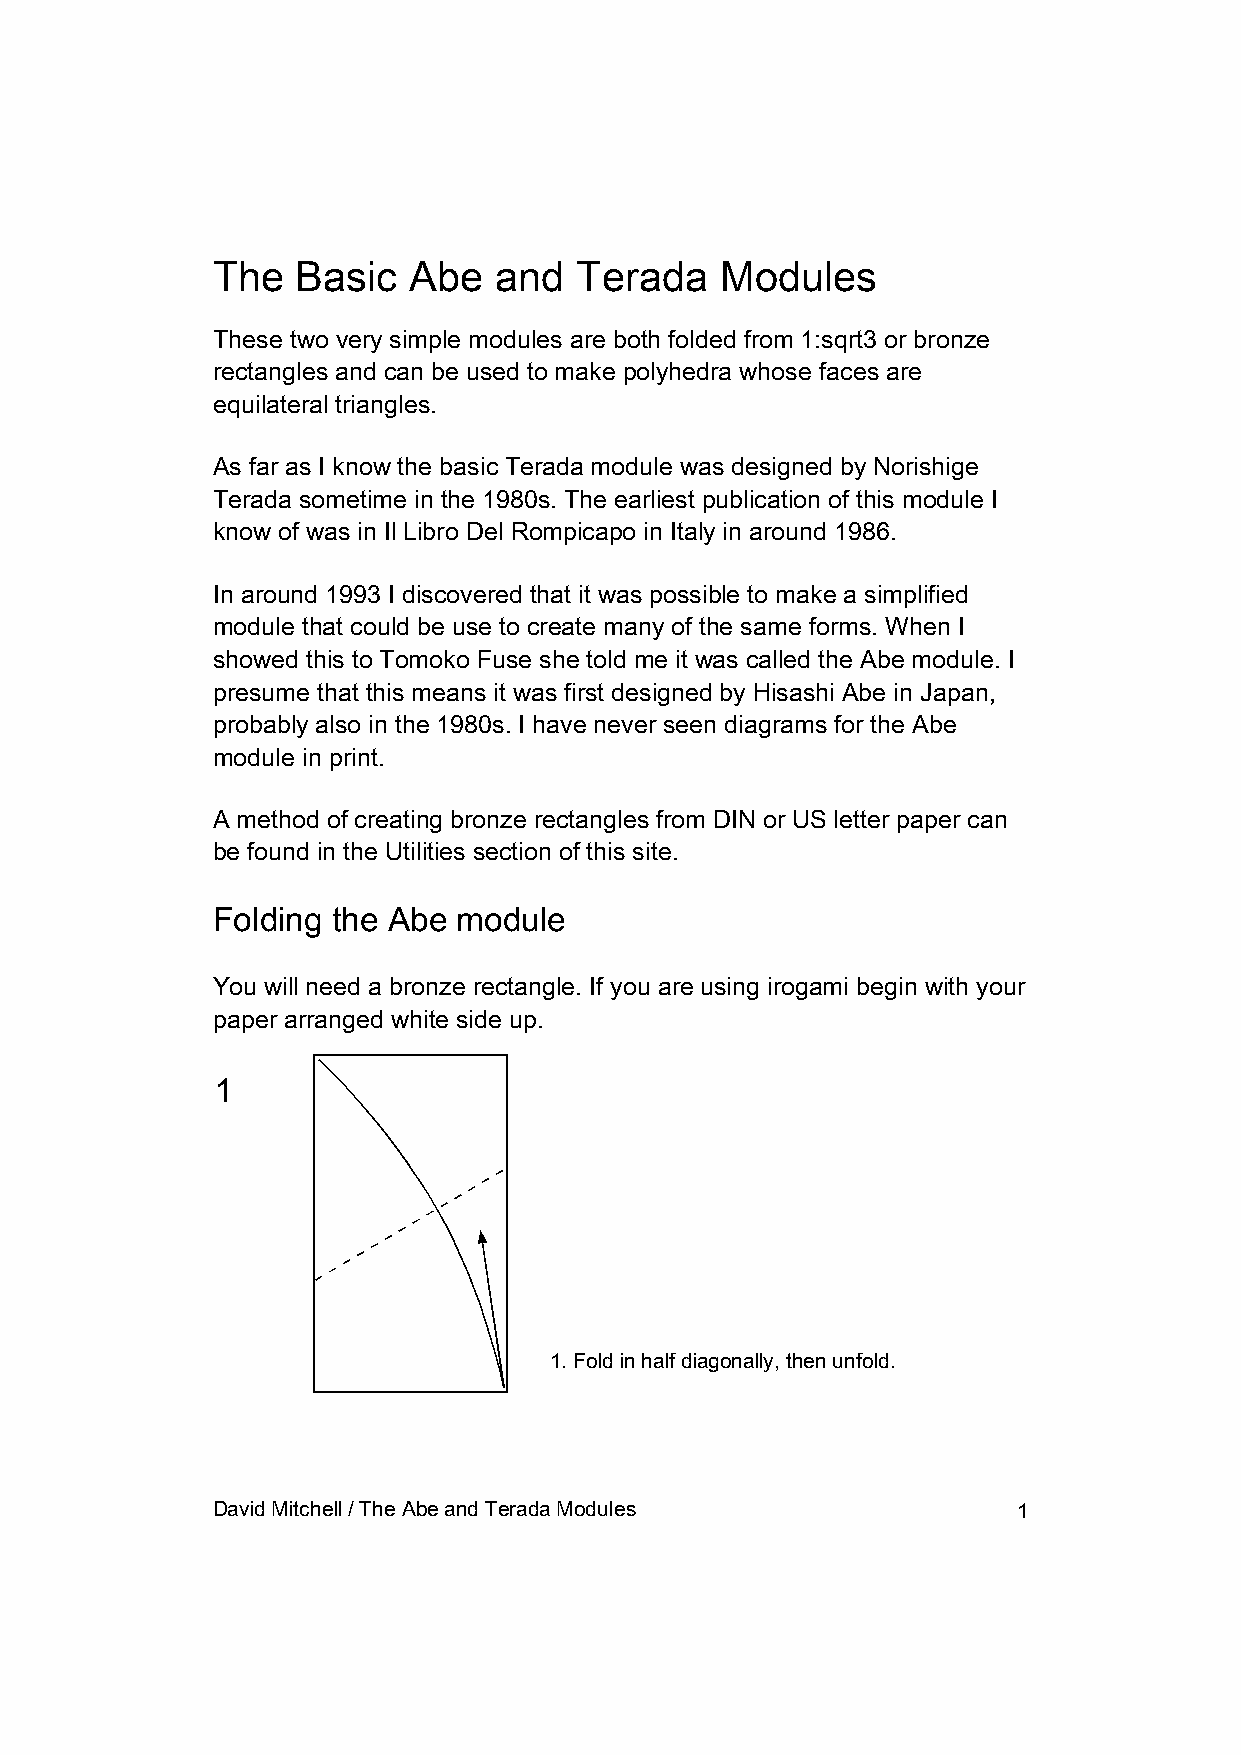
The   Basic  Abe   and  Terada    Modules
 These two very simple modules are both folded from 1:sqrt3 or bronze
 rectangles and can be used to make polyhedra whose faces are
 equilateral triangles.
 As far as I know the basic Terada module was designed by Norishige
 Terada sometime in the 1980s. The earliest publication of this module I
 know of was in Il Libro Del Rompicapo in Italy in around 1986.
 In around 1993 I discovered that it was possible to make a simplified
 module that could be use to create many of the same forms. When I
 showed this to Tomoko Fuse she told me it was called the Abe module. I
 presume that this means it was first designed by Hisashi Abe in Japan,
 probably also in the 1980s. I have never seen diagrams for the Abe
 module in print.
 A method of creating bronze rectangles from DIN or US letter paper can
 be found in the Utilities section of this site.
 Folding the Abe module
 You will need a bronze rectangle. If you are using irogami begin with your
 paper arranged white side up.
 1
 1. Fold in half diagonally, then unfold.
 David Mitchell / The Abe and Terada Modules          1